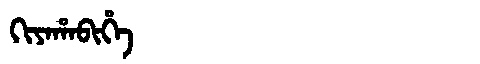
Manchu: ᡴᡳᠶᠠᡥᠠᠪᡳᡥᡝ
Romanization: KIYAHABIHE